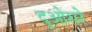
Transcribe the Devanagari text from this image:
दूओसरे